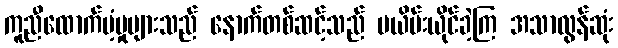
ကူညီထောက်ပံ့မှုများသည် နောက်တစ်ဆင့်သည် မယိမ်းယိုင်ခဲ့ကြ အသာလွန်ဆုံး